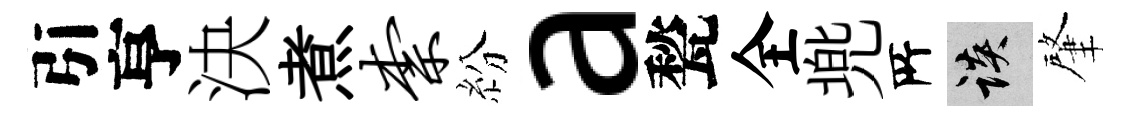
引亨決煮柰紛a甃全兠𠩄談肇